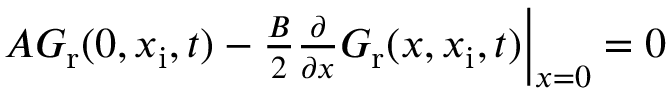
\begin{array} { r } { \left. A G _ { \mathrm { r } } ( 0 , x _ { \mathrm { i } } , t ) - \frac { B } { 2 } \frac { \partial } { \partial x } G _ { \mathrm { r } } ( x , x _ { \mathrm { i } } , t ) \right| _ { x = 0 } = 0 } \end{array}